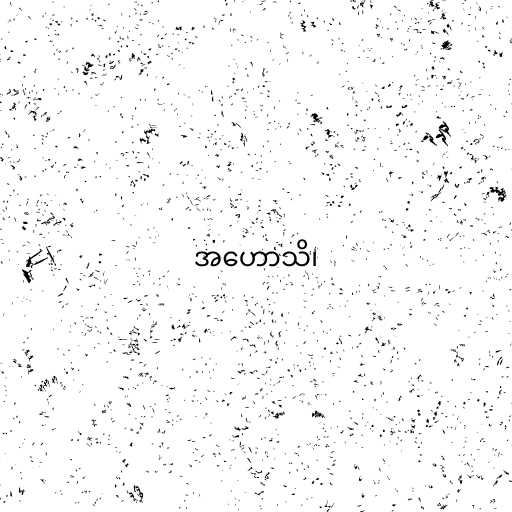
အဟောသိ၊